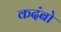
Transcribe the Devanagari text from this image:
कदंबो